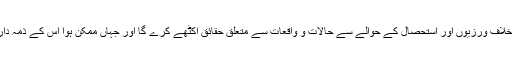
یہ گروہ انسانی حقوق کی خلاف ورزیوں اور استحصال کے حوالے سے حالات و واقعات سے متعلق حقائق اکٹھے کرے گا اور جہاں ممکن ہوا اس کے ذمہ داروں کا بھی تعین کرے گا۔